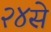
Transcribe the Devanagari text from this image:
२४से